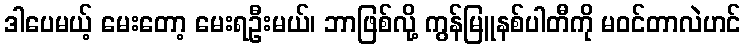
ဒါပေမယ့် မေးတော့ မေးရဦးမယ်၊ ဘာဖြစ်လို့ ကွန်မြူနစ်ပါတီကို မဝင်တာလဲဟင်